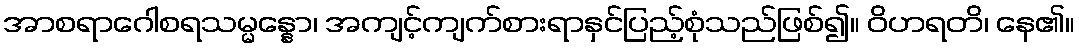
အာစရာဂေါစရသမ္မန္နော၊ အကျင့်ကျက်စားရာနှင်ပြည့်စုံသည်ဖြစ်၍။ ဝိဟရတိ၊ နေ၏။